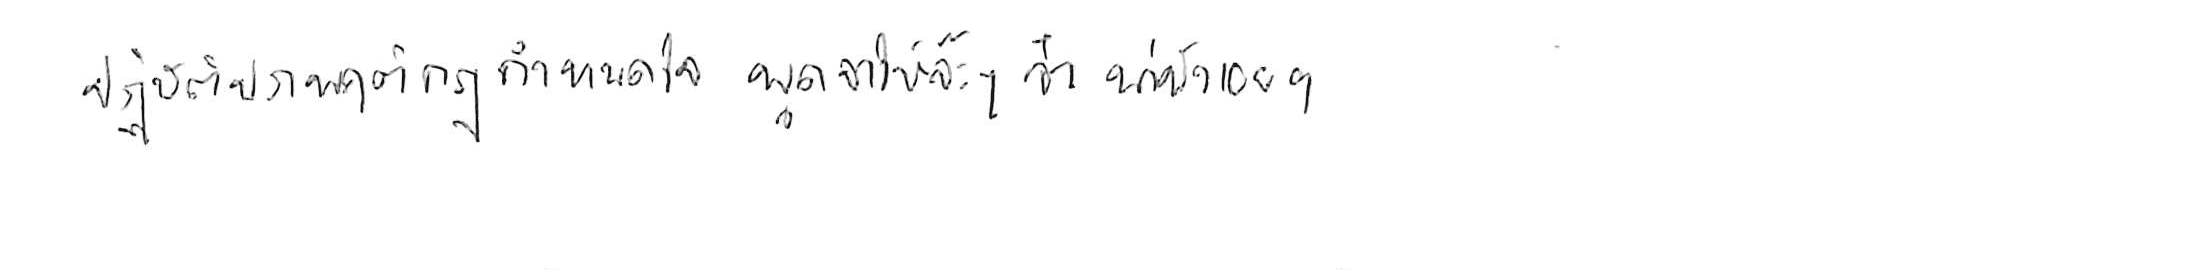
ปฏิบัติประพฤติกฎกำหนดใจ พูดจาให้จ๊ะๆ จ๋า น่าฟังเอยฯ